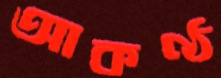
আকণ্ঠ